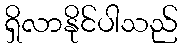
ရှိလာနိုင်ပါသည်